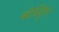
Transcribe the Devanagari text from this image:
बोस्ट्रिंग